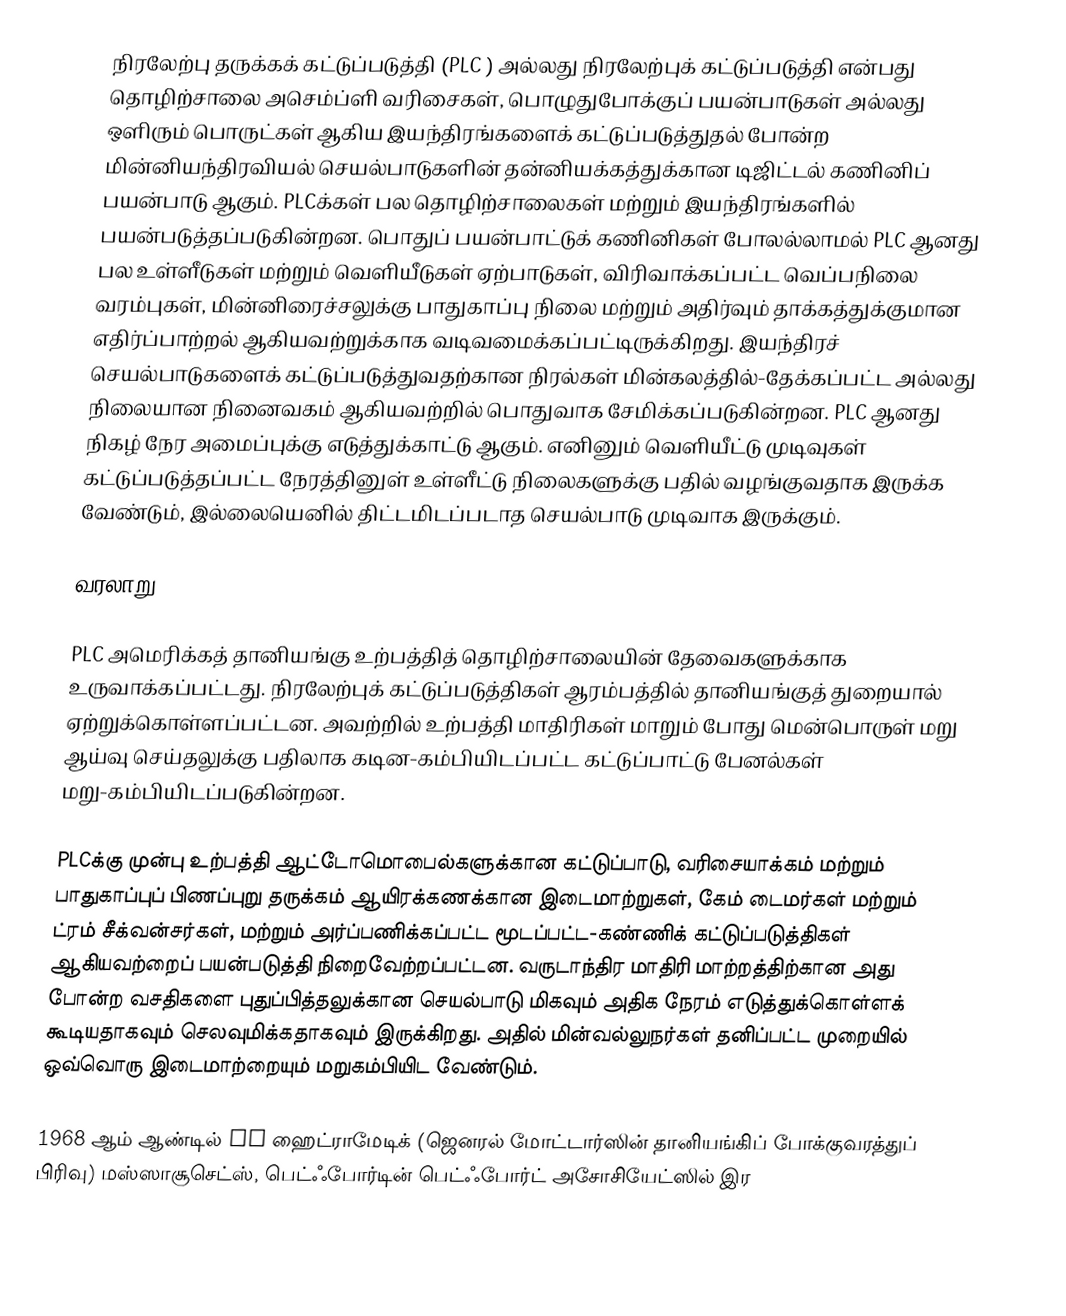
நிரலேற்பு தருக்கக் கட்டுப்படுத்தி (PLC ) அல்லது  நிரலேற்புக் கட்டுப்படுத்தி  என்பது தொழிற்சாலை அசெம்ப்ளி வரிசைகள், பொழுதுபோக்குப் பயன்பாடுகள் அல்லது ஒளிரும் பொருட்கள் ஆகிய இயந்திரங்களைக் கட்டுப்படுத்துதல் போன்ற மின்னியந்திரவியல் செயல்பாடுகளின் தன்னியக்கத்துக்கான டிஜிட்டல் கணினிப் பயன்பாடு ஆகும். PLCக்கள் பல தொழிற்சாலைகள் மற்றும் இயந்திரங்களில் பயன்படுத்தப்படுகின்றன. பொதுப் பயன்பாட்டுக் கணினிகள் போலல்லாமல் PLC ஆனது பல உள்ளீடுகள் மற்றும் வெளியீடுகள் ஏற்பாடுகள், விரிவாக்கப்பட்ட வெப்பநிலை வரம்புகள், மின்னிரைச்சலுக்கு பாதுகாப்பு நிலை மற்றும் அதிர்வும் தாக்கத்துக்குமான எதிர்ப்பாற்றல் ஆகியவற்றுக்காக வடிவமைக்கப்பட்டிருக்கிறது. இயந்திரச் செயல்பாடுகளைக் கட்டுப்படுத்துவதற்கான நிரல்கள் மின்கலத்தில்-தேக்கப்பட்ட அல்லது நிலையான நினைவகம் ஆகியவற்றில் பொதுவாக சேமிக்கப்படுகின்றன. PLC ஆனது நிகழ் நேர அமைப்புக்கு எடுத்துக்காட்டு ஆகும். எனினும் வெளியீட்டு முடிவுகள் கட்டுப்படுத்தப்பட்ட நேரத்தினுள் உள்ளீட்டு நிலைகளுக்கு பதில் வழங்குவதாக இருக்க வேண்டும், இல்லையெனில் திட்டமிடப்படாத செயல்பாடு முடிவாக இருக்கும்.

வரலாறு

PLC அமெரிக்கத் தானியங்கு உற்பத்தித் தொழிற்சாலையின் தேவைகளுக்காக உருவாக்கப்பட்டது. நிரலேற்புக் கட்டுப்படுத்திகள் ஆரம்பத்தில் தானியங்குத் துறையால் ஏற்றுக்கொள்ளப்பட்டன. அவற்றில் உற்பத்தி மாதிரிகள் மாறும் போது மென்பொருள் மறு ஆய்வு செய்தலுக்கு பதிலாக கடின-கம்பியிடப்பட்ட கட்டுப்பாட்டு பேனல்கள் மறு-கம்பியிடப்படுகின்றன.

PLCக்கு முன்பு உற்பத்தி ஆட்டோமொபைல்களுக்கான கட்டுப்பாடு, வரிசையாக்கம் மற்றும் பாதுகாப்புப் பிணப்புறு தருக்கம் ஆயிரக்கணக்கான இடைமாற்றுகள், கேம் டைமர்கள் மற்றும் ட்ரம் சீக்வன்சர்கள், மற்றும் அர்ப்பணிக்கப்பட்ட மூடப்பட்ட-கண்ணிக் கட்டுப்படுத்திகள் ஆகியவற்றைப் பயன்படுத்தி நிறைவேற்றப்பட்டன. வருடாந்திர மாதிரி மாற்றத்திற்கான அது போன்ற வசதிகளை புதுப்பித்தலுக்கான செயல்பாடு மிகவும் அதிக நேரம் எடுத்துக்கொள்ளக் கூடியதாகவும் செலவுமிக்கதாகவும் இருக்கிறது. அதில் மின்வல்லுநர்கள் தனிப்பட்ட முறையில் ஒவ்வொரு இடைமாற்றையும் மறுகம்பியிட வேண்டும்.

1968 ஆம் ஆண்டில் GM ஹைட்ராமேடிக் (ஜெனரல் மோட்டார்ஸின் தானியங்கிப் போக்குவரத்துப் பிரிவு) மஸ்ஸாசூசெட்ஸ், பெட்ஃபோர்டின் பெட்ஃபோர்ட் அசோசியேட்ஸில் இர